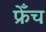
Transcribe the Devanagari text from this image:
फ्रेँच